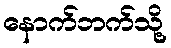
နောက်ဘက်သို့